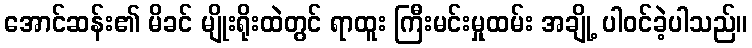
အောင်ဆန်း၏ မိခင် မျိုးရိုးထဲတွင် ရာထူး ကြီးမင်းမှုထမ်း အချို့ ပါဝင်ခဲ့ပါသည်။